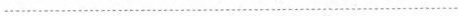
................................................................................